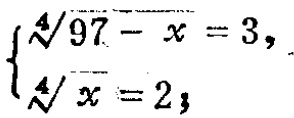
$\begin{cases}

\sqrt[4]{97 - x} = 3,\\

\sqrt[4]{x} = 2;

\end{cases}$